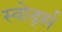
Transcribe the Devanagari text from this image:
स्वोर्ड्स